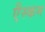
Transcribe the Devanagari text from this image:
एैस्कम